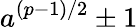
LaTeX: a^{(p-1)/2}\pm 1